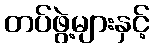
တပ်ဖွဲ့များနှင့်